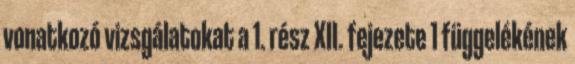
vonatkozó vizsgálatokat a 1. rész XII. fejezete 1 függelékének